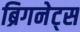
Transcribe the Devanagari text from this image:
ब्रिगनेट्स